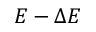
E - \Delta E